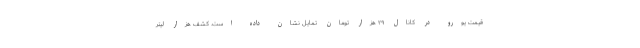
قیمت یورو در کانال ۲۹ هزار تومان تمایل نشان داده است. کشف هزار لیتر